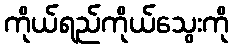
ကိုယ်ရည်ကိုယ်သွေးကို